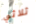
ثلاثي